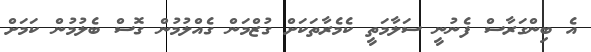
އެ ބިންގަރާސް ފެނުނީ ސަލާމަތީ ކެމެރާތަކަށް ގުޒްމަން ގެއްލުމުން ގޮސް ބެލުމުން ކަމަށް